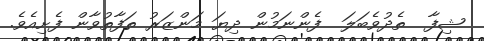
ޝިފާ  ތެދުވެބަލަ  ފެންނަމުން ދިޔަ މަންޒަރު ތަފާތުވާން ފެށިއެވެ.